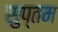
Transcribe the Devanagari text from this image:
सुप्तम